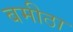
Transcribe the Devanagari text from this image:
बमीठा